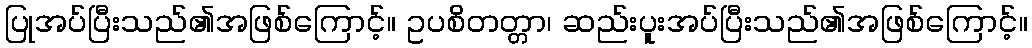
ပြုအပ်ပြီးသည်၏အဖြစ်ကြောင့်။ ဥပစိတတ္တာ၊ ဆည်းပူးအပ်ပြီးသည်၏အဖြစ်ကြောင့်။